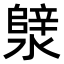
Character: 𪷣